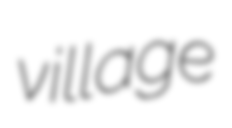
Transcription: village